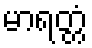
မာရတ္တံ